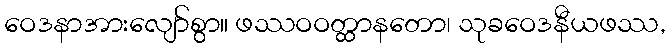
ဝေဒနာအားလျော်စွာ။ ဖဿဝဝတ္ထာနတော၊ သုခဝေဒနီယဖဿ,